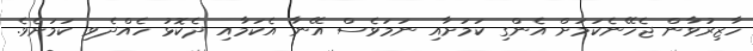
ހާޒިރުވާން ޖެހޭނެކަމަށް އެންގި ކަމަށާއި ނަމަވެސް އޭނާ އެކަމާއި ދެކޮޅު ހެއްދެވި ކަމަށެވެ.